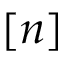
[ n ]